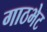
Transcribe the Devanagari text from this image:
गाठभेट